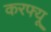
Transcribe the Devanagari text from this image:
करफ्यू